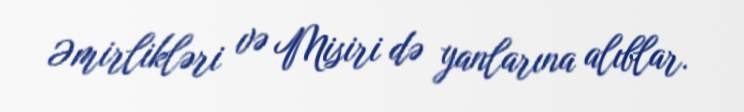
Əmirlikləri və Misiri də yanlarına alıblar.